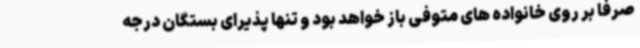
صرفا بر روی خانواده های متوفی باز خواهد بود و تنها پذیرای بستگان درجه